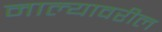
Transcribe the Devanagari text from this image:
नाल्यावरील